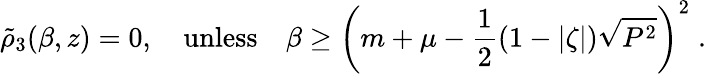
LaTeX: \tilde{\rho}_{3}(\beta,z)=0,\quad\mathrm{unless}\quad\beta\ge\left(m+\mu-{\frac{1}{2}}(1-|\zeta|)\sqrt{P^{2}}\right)^{2}\; .